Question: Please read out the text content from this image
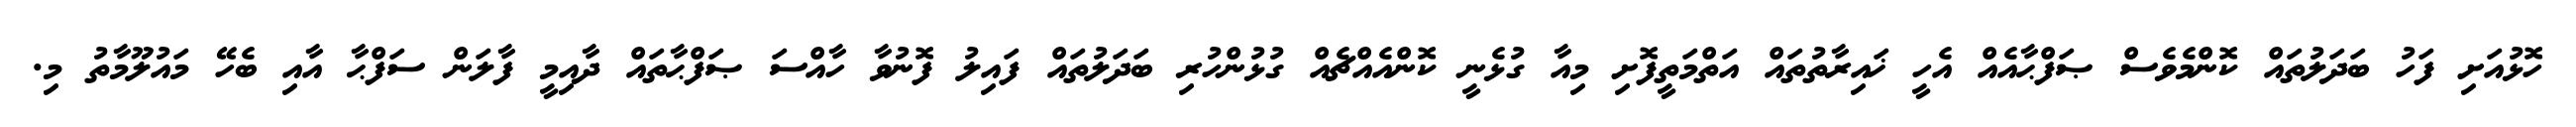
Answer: ހޮޅުއަށި ފަހު ބަދަލުތައް ކޮންމެވެސް ޞަފްޙާއެއް އެހީ ޚައިރާތުތައް އަތްމަތީފޮށި މިއާ ގުޅެނީ ކޮންއެއްޗެއް ގުޅުންހުރި ބަދަލުތައް ފައިލު ފޮނުވާ ހާއްސަ ޞަފްޙާތައް ދާއިމީ ފާލަން ސަފްޙާ އާއި ބެހޭ މައުލޫމާތު މި.